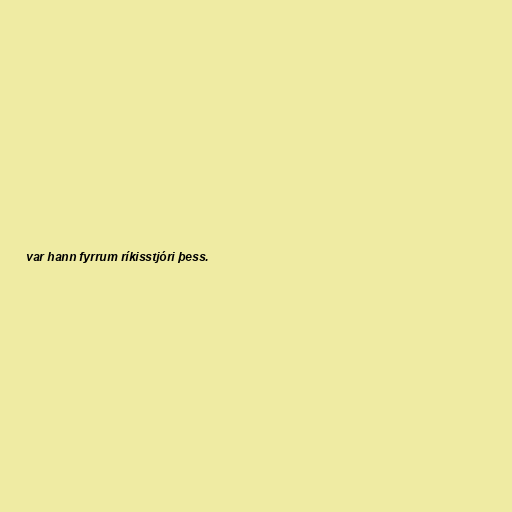
var hann fyrrum ríkisstjóri þess.